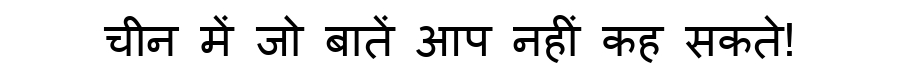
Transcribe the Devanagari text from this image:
चीन में जो बातें आप नहीं कह सकते!